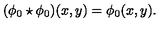
( \phi _ { 0 } \star \phi _ { 0 } ) ( x , y ) = \phi _ { 0 } ( x , y ) .